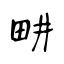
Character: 畊